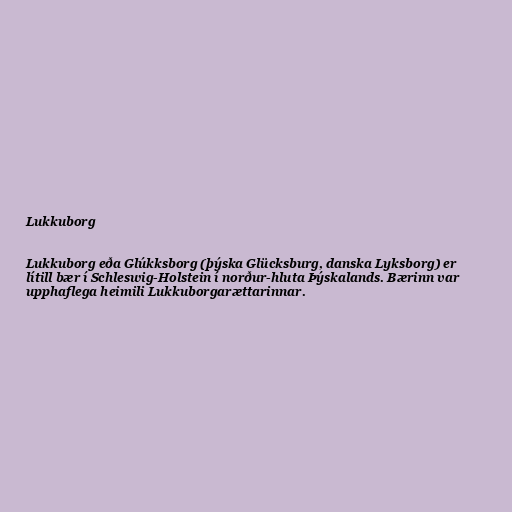
Lukkuborg

Lukkuborg eða Glúkksborg (þýska Glücksburg, danska Lyksborg) er
lítill bær í Schleswig-Holstein í norður-hluta Þýskalands. Bærinn var
upphaflega heimili Lukkuborgarættarinnar.